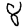
Digit: 8